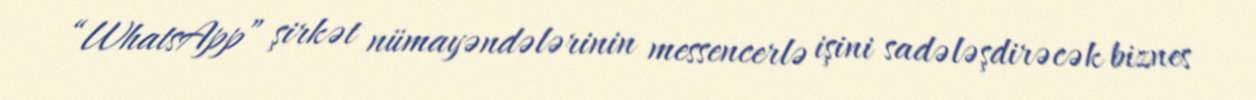
“WhatsApp” şirkət nümayəndələrinin messencerlə işini sadələşdirəcək biznes